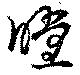
瞠